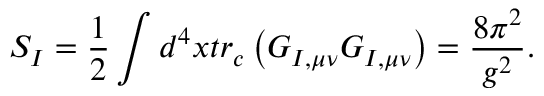
S _ { I } = \frac { 1 } { 2 } \int d ^ { 4 } x t r _ { c } \left( G _ { I , \mu \nu } G _ { I , \mu \nu } \right) = \frac { 8 \pi ^ { 2 } } { g ^ { 2 } } .